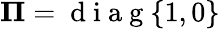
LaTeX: \boldsymbol{\Pi}=\mathrm{~d~i~a~g~}\{ 1,0\}